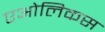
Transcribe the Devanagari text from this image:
एओलिकस